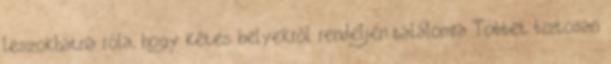
leszokhatna róla, hogy kétes helyekről rendeljen találomra Többet biztosan